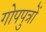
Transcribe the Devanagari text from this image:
गोपपुत्रों